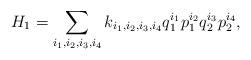
LaTeX: \begin{align*}H_{1}=\sum_{i_1, i_2, i_3, i_4}k_{i_1, i_2, i_3, i_4}q_1^{i_1} p_1^{i_2} q_2^{i_3} p_2^{i_4},\end{align*}